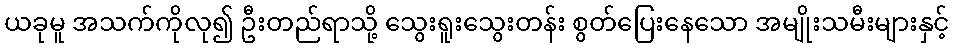
ယခုမူ အသက်ကိုလု၍ ဦးတည်ရာသို့ သွေးရူးသွေးတန်း စွတ်ပြေးနေသော အမျိုးသမီးများနှင့်